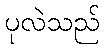
ပုလဲသည်